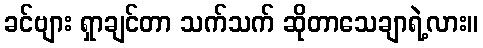
ခင်ဗျား ရှာချင်တာ သက်သက် ဆိုတာသေချာရဲ့လား။